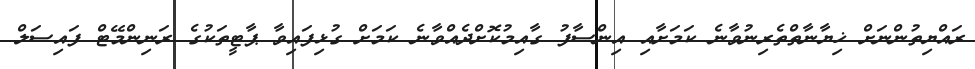
ރައްޔިތުންނަށް ޚިޔާނާތްތެރިނުވާނެ ކަމަށާއި އިންސާފު ގާއިމުކޮށްދެއްވާނެ ކަމަށް ގުޅިފައިވާ ޕާޓީތަކުގެ ރަނިންމޭޓް ފައިސަލް